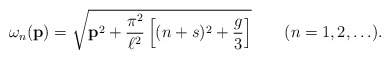
\begin{align*}\omega_n({\bf p})=\sqrt{{\bf p}^2+\frac{\pi^2}{\ell^2}\left[(n+s)^2+\frac{g}{3}\right]}\qquad(n=1,2,\ldots).\end{align*}